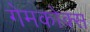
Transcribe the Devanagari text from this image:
गेमकोक्स